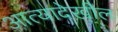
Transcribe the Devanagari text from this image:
आत्यादेखील